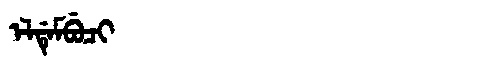
Manchu: ᡝᠯᡩᡝᠮᠪᡠᠴᡳ
Romanization: ELDEMBUCI